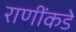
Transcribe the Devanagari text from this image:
राणींकडे